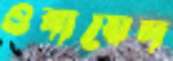
ওবায়েদ